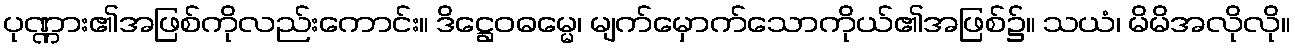
ပုဏ္ဏား၏အဖြစ်ကိုလည်းကောင်း။ ဒိဋ္ဌေဝဓမ္မေ၊ မျက်မှောက်သောကိုယ်၏အဖြစ်၌။ သယံ၊ မိမိအလိုလို။